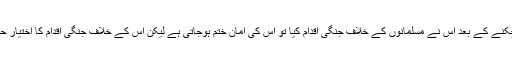
اسی طرح اگر امان لے چکنے کے بعد اس نے مسلمانوں کے خلاف جنگی اقدام کیا تو اس کی امان ختم ہوجاتی ہے لیکن اس کے خلاف جنگی اقدام کا اختیار حکمران ہی کے پاس ہے ۔